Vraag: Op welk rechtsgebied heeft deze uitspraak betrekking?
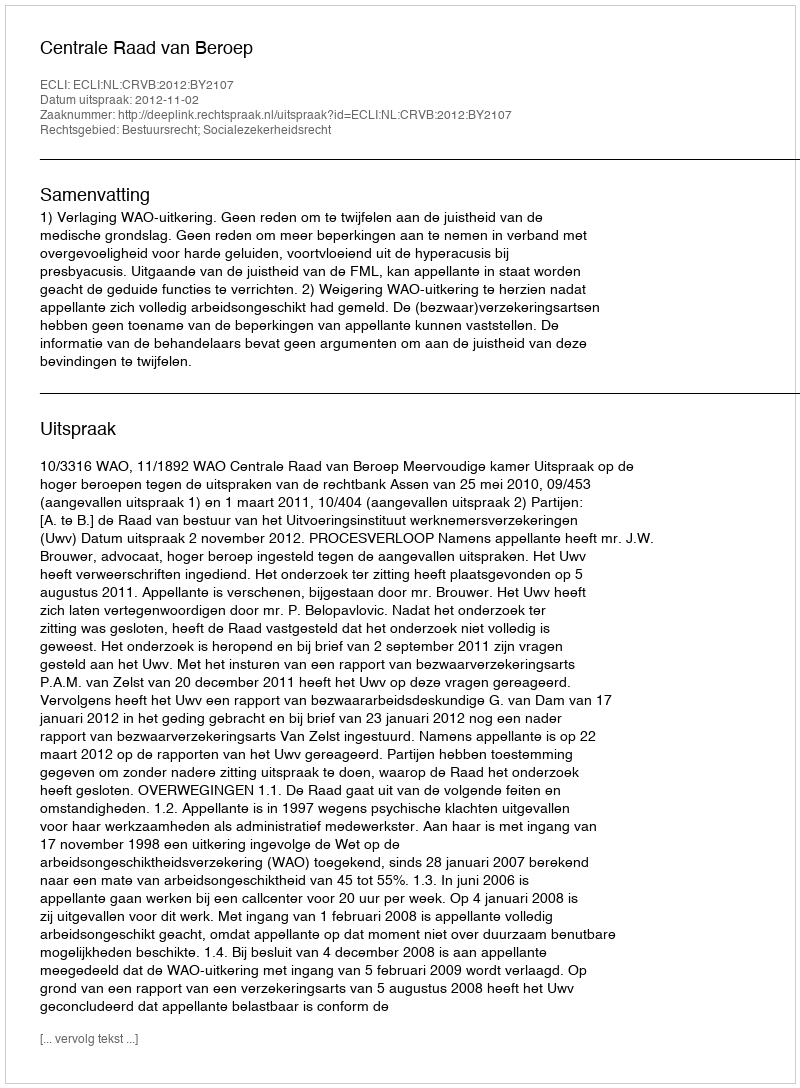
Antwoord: Bestuursrecht; Socialezekerheidsrecht